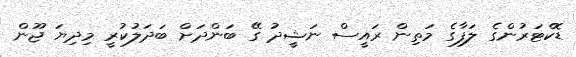
ޑޮކްޓަރުންގެ ލަފާގެ މަތިން ރައީސް ނަޝީދު ގޭ ބަންދަށް ބަދަލުކުރީ މިދިޔަ ޖޫން